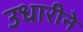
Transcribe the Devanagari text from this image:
उधारीने